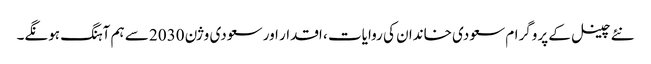
نئے چینل کے پروگرام سعودی خاندان کی روایات ، اقدار اور سعودی وژن 2030 سے ہم آہنگ ہونگے۔